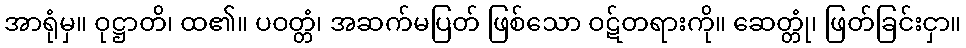
အာရုံမှ။ ဝုဋ္ဌာတိ၊ ထ၏။ ပဝတ္တံ၊ အဆက်မပြတ် ဖြစ်သော ဝဋ်တရားကို။ ဆေတ္တုံ၊ ဖြတ်ခြင်းငှာ။